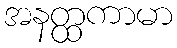
အနတ္ထကာမာ